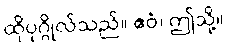
ထိုပုဂ္ဂိုလ်သည်။ ဧဝံ၊ ဤသို့။